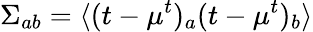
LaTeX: {\Sigma}_{ab}=\langle(t-\mu^{t})_{a}(t-\mu^{t})_{b}\rangle